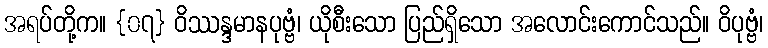
အရပ်တို့က။ {၀၇} ဝိဿန္ဒမာနပုဗ္ဗံ၊ ယိုစီးသော ပြည်ရှိသော အလောင်းကောင်သည်။ ဝိပုဗ္ဗံ၊